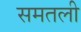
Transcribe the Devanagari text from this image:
समतली